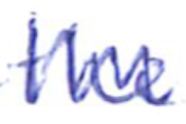
Text: the
Cross-out: zig-zag
Writing tool: ballpoint